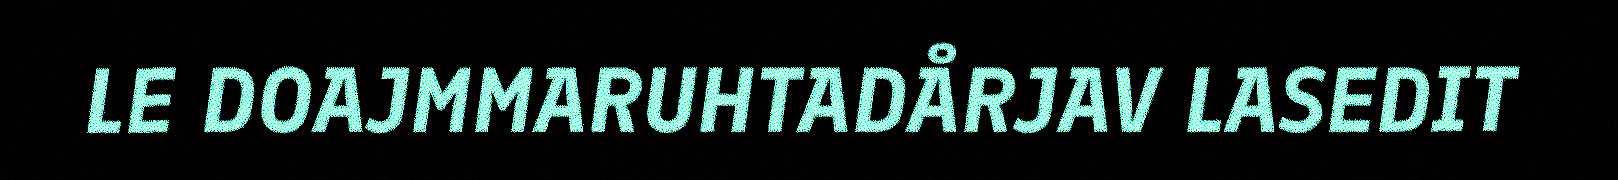
LE DOAJMMARUHTADÅRJAV LASEDIT